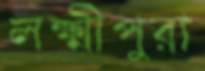
লক্ষ্মীপুরা